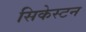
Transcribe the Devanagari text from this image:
सिकेस्टन